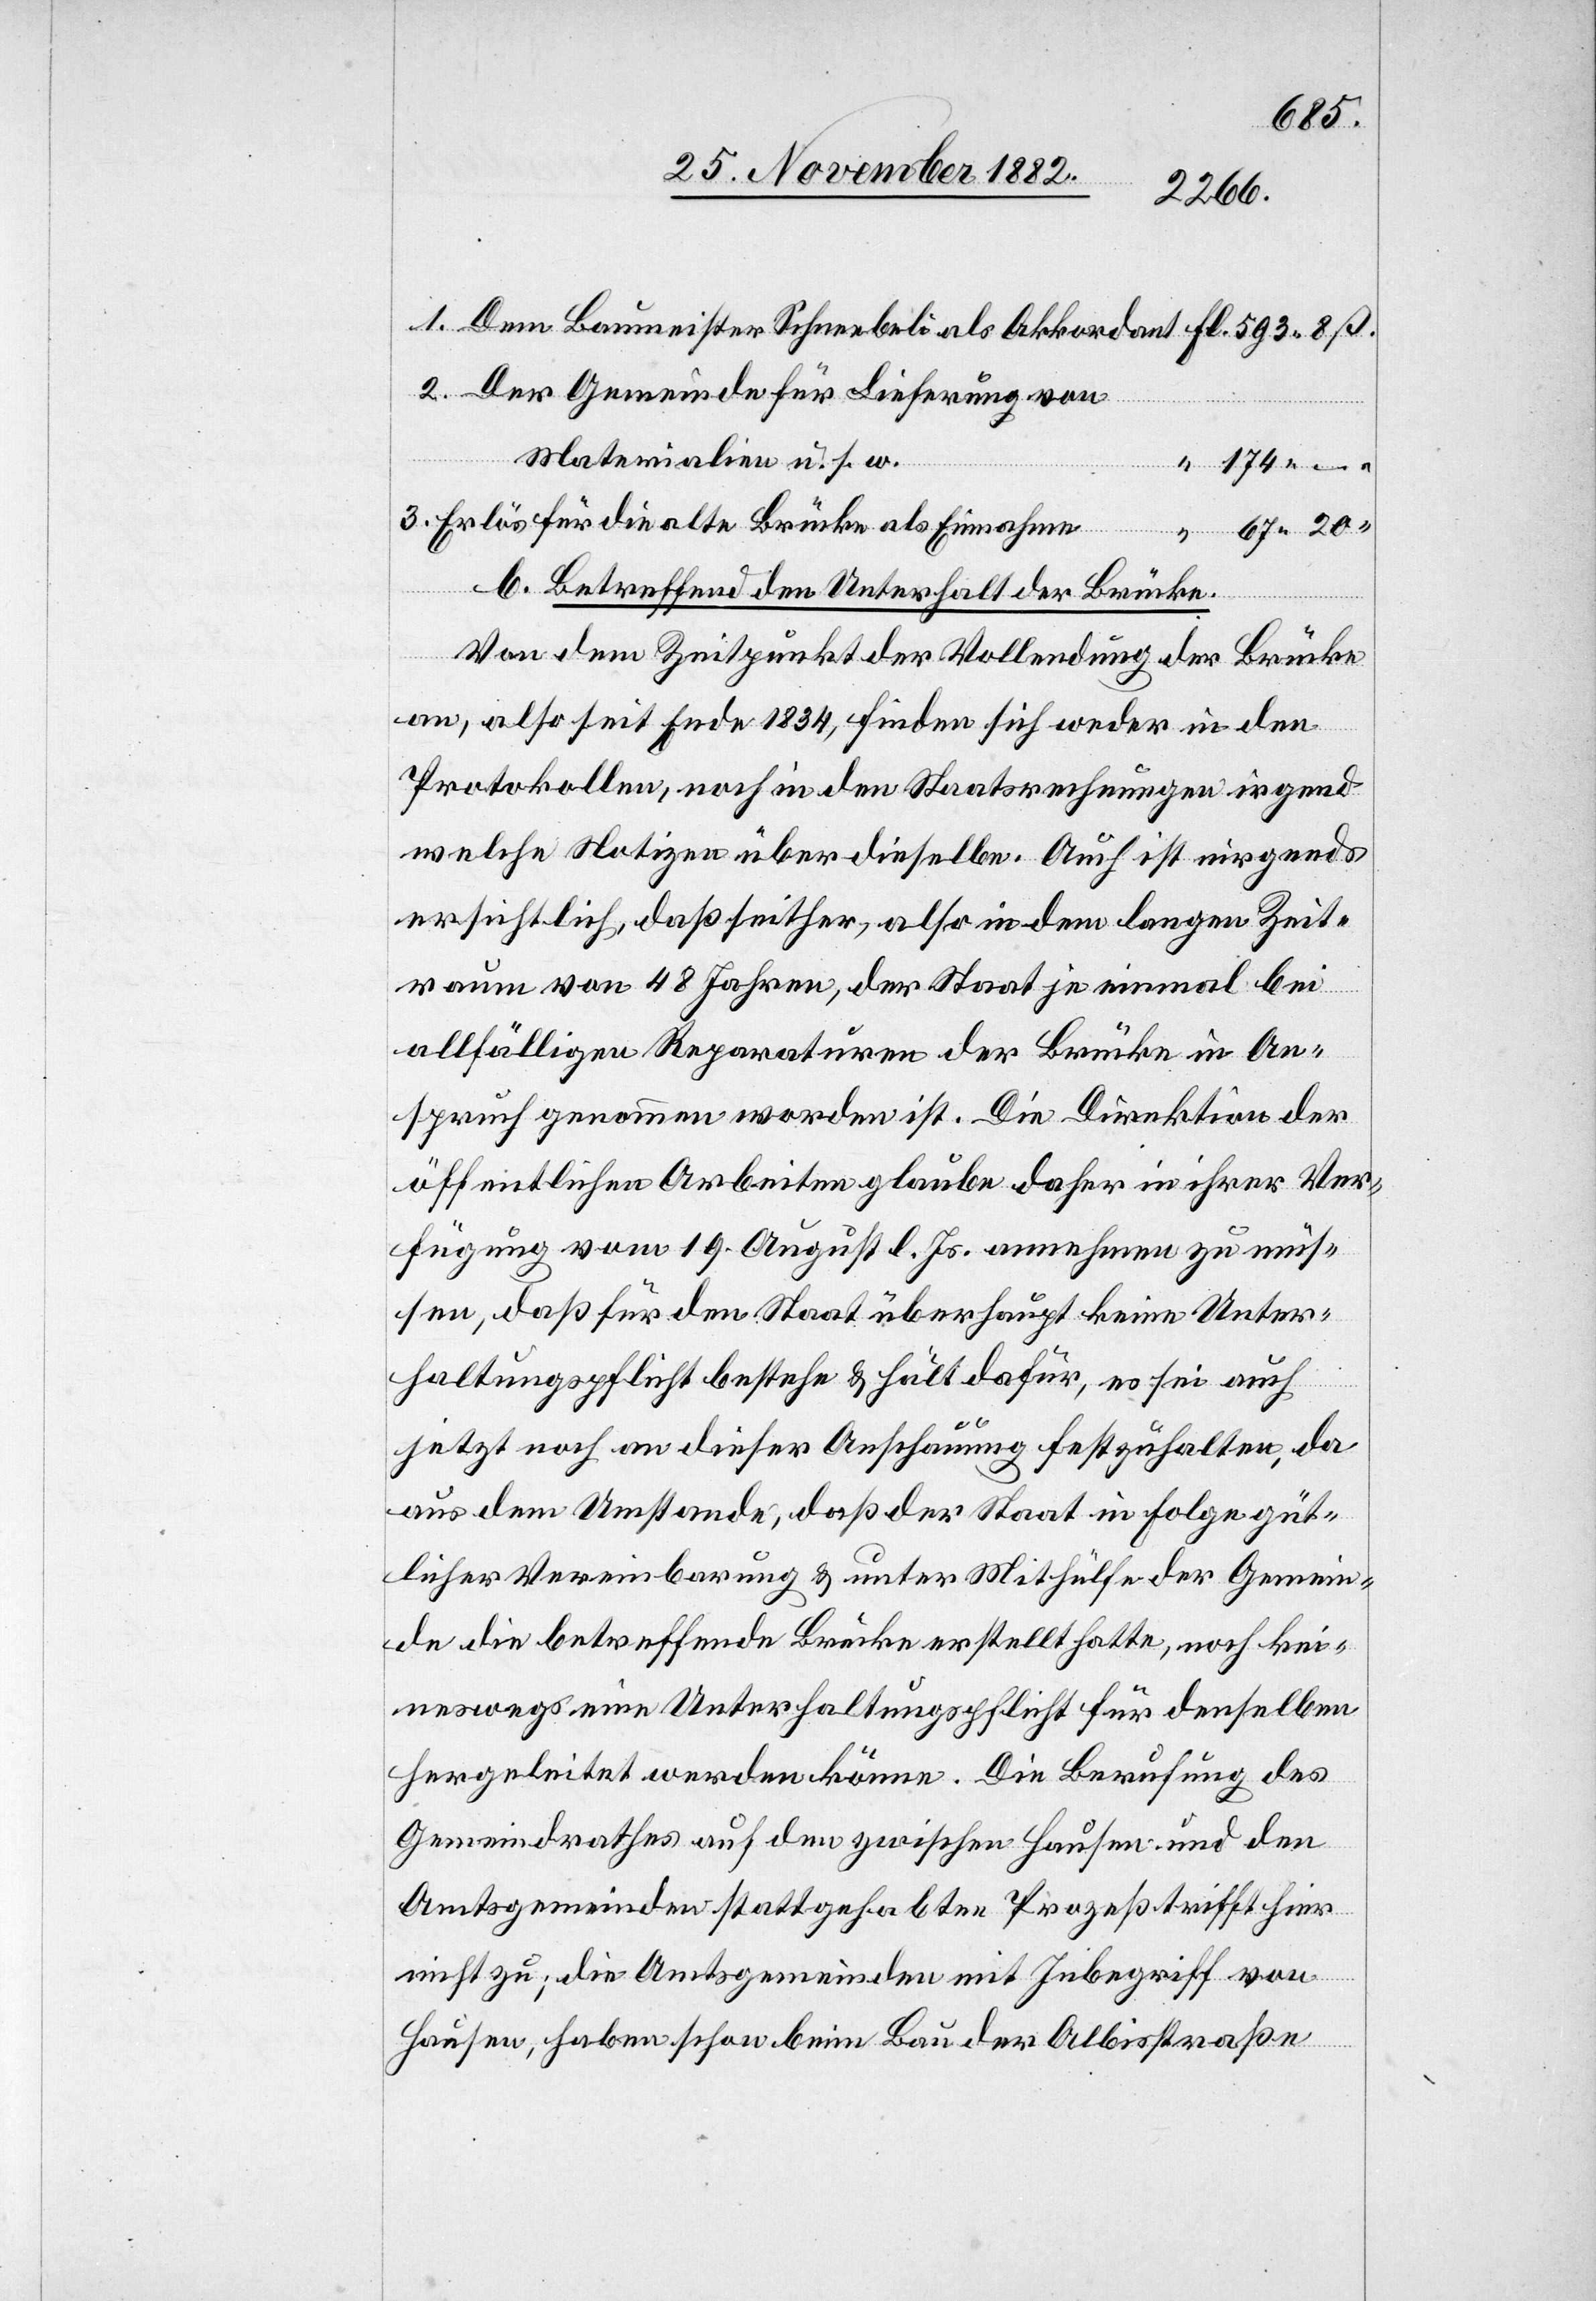
Der Gemeinde für Lieferung von
Materialien u. s. w.
Akkordant
Erlös für die alte Brücke als Einnahme
b. Betreffend den Unterhalt der Brücke.
20
Von dem Zeitpunkt der Vollendung der Brücke
an, also seit Ende 1834, finden sich weder in den
Protokollen, noch in den Staatsrechnungen irgend
welche Notizen über dieselbe. Auch ist nirgends
ersichtlich, daß seither, also in dem langen Zeit¬
raum von 48 Jahren, der Staat je einmal bei
allfälligen Reparaturen der Brücke in An¬
spruch genommen worden ist. Die Direktion der
öffentlichen Arbeiten glaube daher in ihrer Ver¬
fügung vom 19. August l. Js. annehmen zu müs¬
sen, daß für den Staat überhaupt keine Unter¬
haltungspflicht bestehe & hält dafür, es sei auch
jetzt noch an dieser Anschauung festzuhalten, da
aus dem Umstande, daß der Staat in Folge güt¬
licher Vereinbarung & unter Mithülfe der Gemein¬
de die betreffende Brücke erstellt hatte, noch kei¬
neswegs eine Unterhaltungspflicht für denselben
hergeleitet werden könne. Die Berufung des
Gemeindrathes auf den zwischen Hausen und den
Amtsgemeinden stattgehabten Prozeß trifft hier
nicht zu; die Amtsgemeinden mit Inbegriff von
Hausen, haben schon beim Bau der Albisstraße